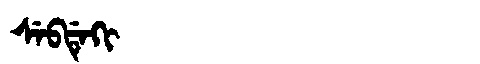
Manchu: ᠰᡝᠪᡩᡝᡴᡳ
Romanization: SEBDEKI